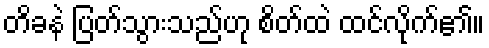
တိခနဲ ပြတ်သွားသည်ဟု စိတ်ထဲ ထင်လိုက်၏။